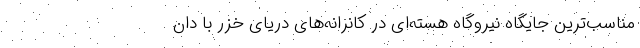
مناسب‌ترین جایگاه نیروگاه هسته‌ای در کانرانه‌های دریای خزر با دان